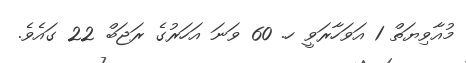
މުއާވިޔަތް 1 އަވަހާރަވީ ހ. 60 ވަނަ އަހަރުގެ ރަޖަބް 22 ގައެވެ.